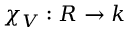
\chi _ { V } : R \to k